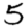
Digit: 5